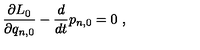
\frac { \partial L _ { 0 } } { \partial q _ { n , 0 } } - \frac { d } { d t } p _ { n , 0 } = 0 \ ,